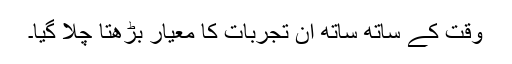
وقت کے ساتھ ساتھ ان تجربات کا معیار بڑھتا چلا گیا۔